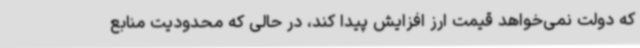
که دولت نمی‌خواهد قیمت ارز افزایش پیدا کند، در حالی که محدودیت منابع